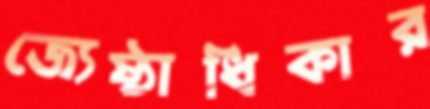
জ্যেষ্ঠাধিকার